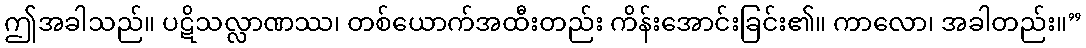
ဤအခါသည်။ ပဋိသလ္လာဏဿ၊ တစ်ယောက်အထီးတည်း ကိန်းအောင်းခြင်း၏။ ကာလော၊ အခါတည်း။”